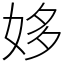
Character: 姼